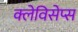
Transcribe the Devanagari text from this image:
क्लेविसेप्स